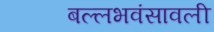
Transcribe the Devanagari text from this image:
बल्लभवंसावली